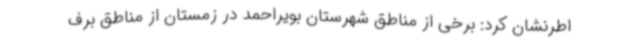
اطرنشان کرد: برخی از مناطق شهرستان بویراحمد در زمستان از مناطق برف